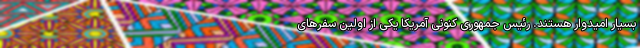
بسیار امیدوار هستند. رئیس جمهوری کنونی آمریکا یکی از اولین سفرهای